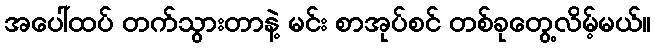
အပေါ်ထပ် တက်သွားတာနဲ့ မင်း စာအုပ်စင် တစ်ခုတွေ့လိမ့်မယ်။